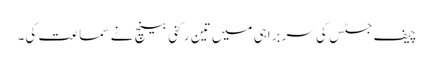
چیف جسٹس کی سربراہی میں تین رکنی بینچ نے سماعت کی۔